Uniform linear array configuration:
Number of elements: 48
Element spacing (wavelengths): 1
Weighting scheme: kaiser
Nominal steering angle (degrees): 45
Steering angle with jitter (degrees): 46.321
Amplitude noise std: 0.05
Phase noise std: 0.05

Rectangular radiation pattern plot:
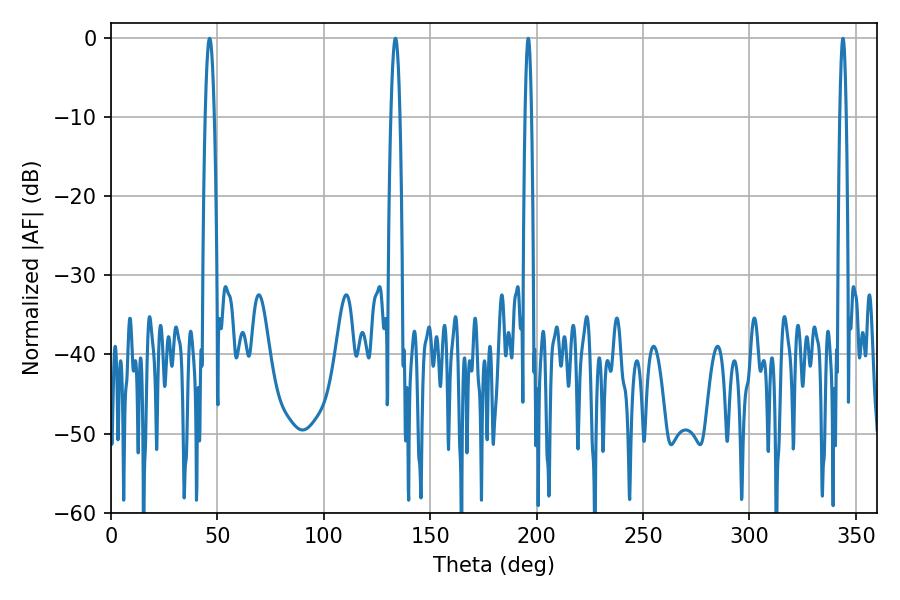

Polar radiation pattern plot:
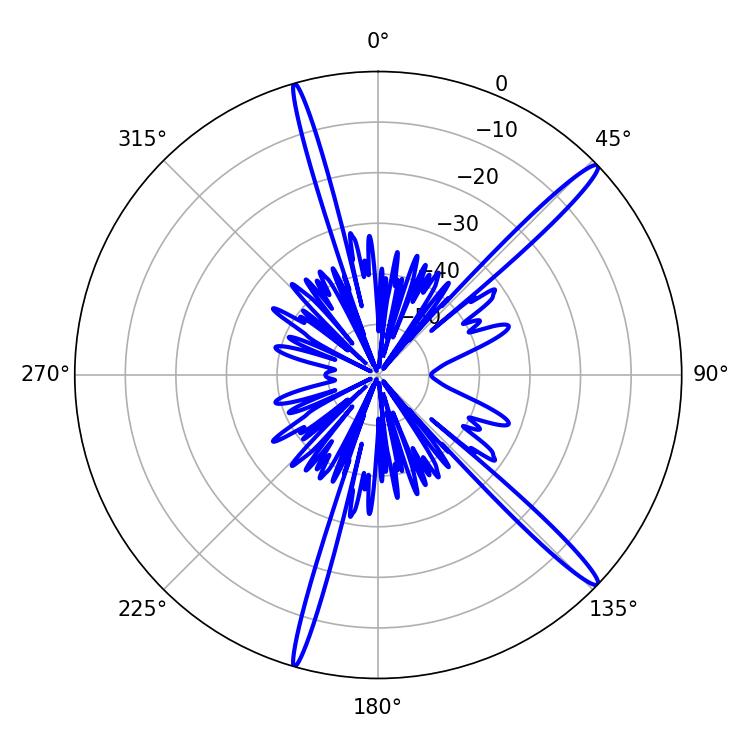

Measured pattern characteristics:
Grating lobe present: TRUE
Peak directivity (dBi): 16.259
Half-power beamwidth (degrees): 1.62
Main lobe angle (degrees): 196.02